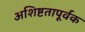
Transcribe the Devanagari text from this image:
अशिष्टतापूर्वक